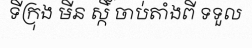
ទីក្រុង មីន ស្កិ៍ ចាប់តាំងពី ទទួល